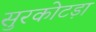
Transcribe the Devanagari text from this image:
सुरकोटड़ा